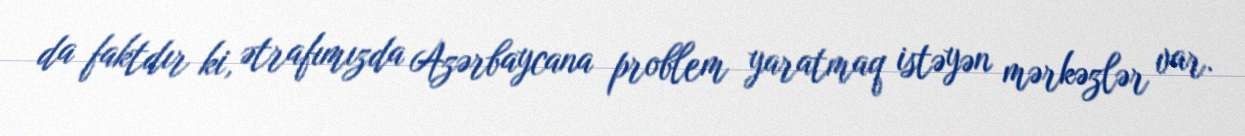
da faktdır ki, ətrafımızda Azərbaycana problem yaratmaq istəyən mərkəzlər var.